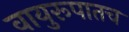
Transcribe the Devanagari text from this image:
वायुरूपातच